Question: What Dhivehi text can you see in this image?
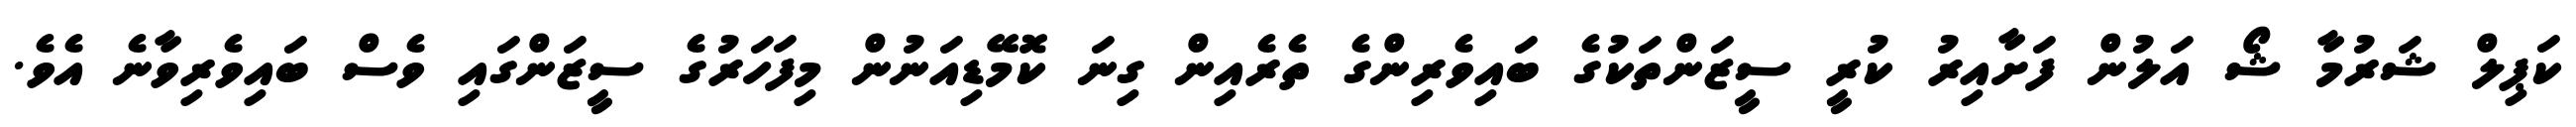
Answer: ކަޕިލް ޝަރުމާ ޝޯ އަލުން ފަށާއިރު ކުރީ ސީޒަންތަކުގެ ބައިވެރިންގެ ތެރެއިން ގިނަ ކޮމޭޑިއަނުން މިފަހަރުގެ ސީޒަންގައި ވެސް ބައިވެރިވާނެ އެވެ.